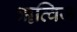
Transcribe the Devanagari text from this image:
ॠत्विज